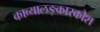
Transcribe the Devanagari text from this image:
काव्यालङ्कारकोश